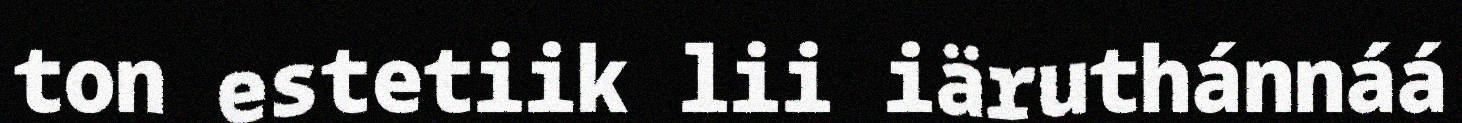
ton estetiik lii iäruthánnáá